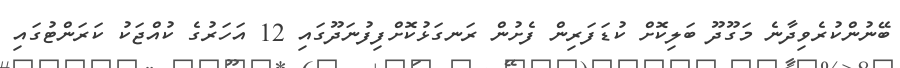
ބޭނުންކުރެވިދާނެ މަގޫދޫ ބަލިކޮށް ކުޑަފަރިން ފެށުން ރަނގަޅުކޮށްފިފުނަދޫގައި 12 އަހަރުގެ ކުއްޖަކު ކަރަންޓުގައި